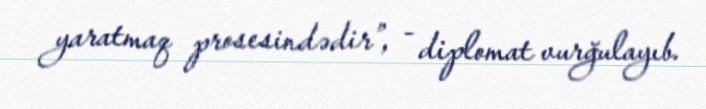
yaratmaq prosesindədir”, - diplomat vurğulayıb.